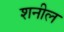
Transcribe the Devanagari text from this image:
शनील